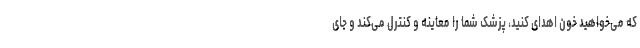
که می‌خواهید خون اهدای کنید، پزشک شما را معاینه و کنترل می‌کند و جای